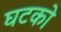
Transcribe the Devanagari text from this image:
घटको